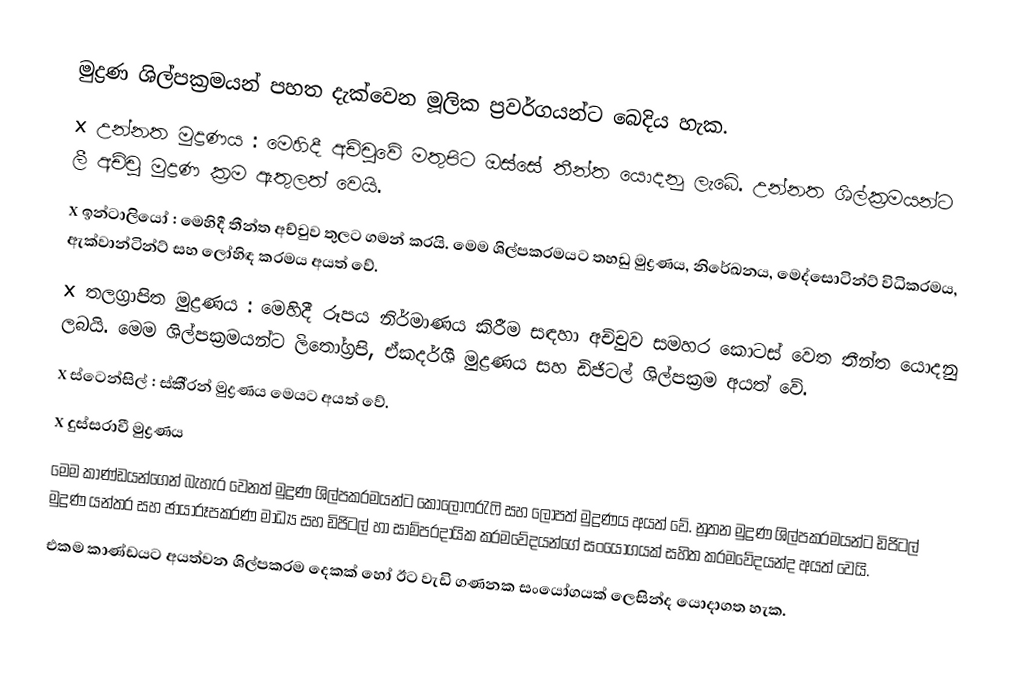
මුද්‍රණ ශිල්පක‍්‍රමයන් පහත දැක්වෙන මූලික ප‍්‍රවර්ගයන්ට බෙදිය හැක.
x	උන්නත මුද්‍රණය : මෙහිදී අච්චුවේ මතුපිට ඔස්සේ තීන්ත යොදනු ලැබේ. උන්නත ශිල්ක‍්‍රමයන්ට ලී අච්චු මුද්‍රණ ක‍්‍රම ඇතුලත් වෙයි.
x	ඉන්ටාලියෝ : මෙහිදී තීන්ත අච්චුව තුලට ගමන් කරයි. මෙම ශිල්පක‍්‍රමයට තහඩු මුද්‍රණය, නිරේඛනය, මෙද්සොටින්ට් විධික‍්‍රමය, ඇක්වාන්ටින්ට් සහ ලෝහිඳ ක‍්‍රමය අයත් වේ.
x	තලග‍්‍රාපිත මුද්‍රණය : මෙහිදී රූපය නිර්මාණය කිරීම සඳහා අච්චුව සමහර කොටස් වෙත තීන්ත යොදනු ලබයි. මෙම ශිල්පක‍්‍රමයන්ට ලිතෝග‍්‍රපි, ඒකදර්ශී මුද්‍රණය සහ ඩිජිටල් ශිල්පක‍්‍රම අයත් වේ.
x	ස්ටෙන්සිල් : ස්කී‍්‍රන් මුද්‍රණය මෙයට අයත් වේ.
x	දුස්ස‍්‍රාවී මුද්‍රණය
මෙම කාණ්ඩයන්ගෙන් බැහැර වෙනත් මුද්‍රණ ශිල්පක‍්‍රමයන්ට කොලෝෆ‍්‍රැෆි සහ ලෝපත් මුද්‍රණය අයත් වේ. නූතන මුද්‍රණ ශිල්පක‍්‍රමයන්ට ඩිජිටල් මුද්‍රණ යන්ත‍්‍ර සහ ඡායාරූපකරණ මාධ්‍ය සහ ඩිජිටල් හා සාම්ප‍්‍රදායික ක‍්‍රමවේදයන්ගේ සංයෝගයක් සහිත ක‍්‍රමවේදයන්ද අයත් වෙයි.
එකම කාණ්ඩයට අයත්වන ශිල්පක‍්‍රම දෙකක් හෝ ඊට වැඩි ගණනක සංයෝගයක් ලෙසින්ද යොදාගත හැක.